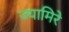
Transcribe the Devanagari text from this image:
ज्यामिरे